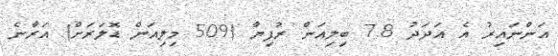
އަންނައިރު އެ އަދަދު 7.8 ބިލިއަން ރުފިޔާ (509 މިލިއަން ޑޮލަރަށް) އަރާނެ